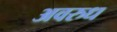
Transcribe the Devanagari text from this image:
अवरुध